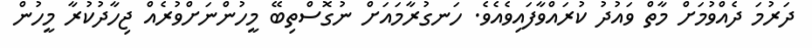
ދަރުމަ ދެއްވުމަށް މާތް ވައުދު ކުރައްވާފައިވެއެވެ. ހަނގުރާމައަށް ނުގޮސްތިބޭ މީހުންނަށްވުރެއް ޖިހާދުކުރާ މީހުން